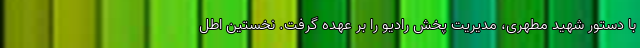
با دستور شهید مطهری، مدیریت پخش رادیو را بر عهده گرفت. نخستین اطل